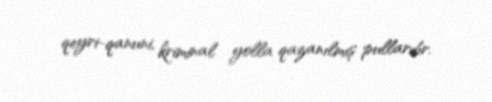
qeyri-qanuni, kriminal yolla qazanılmış pullardır.